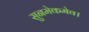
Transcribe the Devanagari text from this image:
सुनमेकमेव।